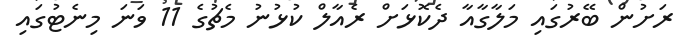
ރަށުން ބޭރުގައި މަލާގާއާ ދެކޮޅަށް ރެއާލް ކުޅުނު މެޗުގެ 11 ވަނަ މިނެޓުގައި